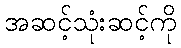
အဆင့်သုံးဆင့်ကို